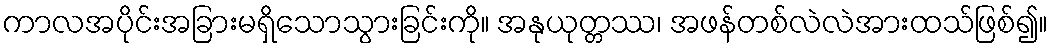
ကာလအပိုင်းအခြားမရှိသောသွားခြင်းကို။ အနုယုတ္တဿ၊ အဖန်တစ်လဲလဲအားထသ်ဖြစ်၍။